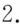
2.